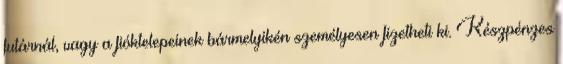
futárnál, vagy a fióktelepeinek bármelyikén személyesen fizetheti ki. Készpénzes